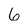
Character: 6